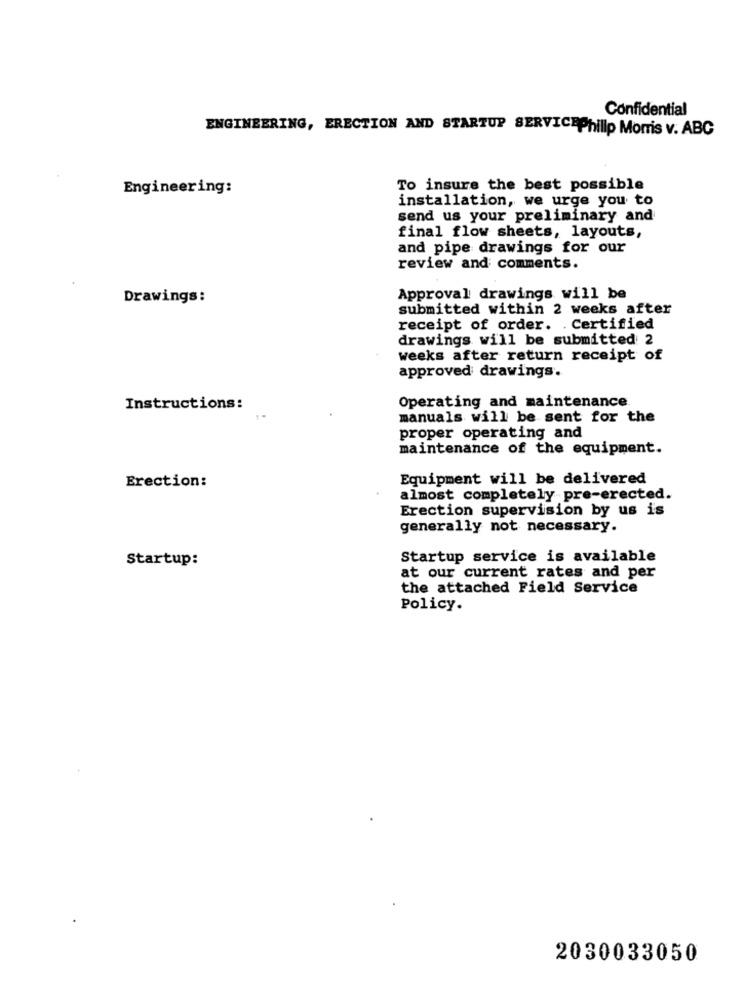
Confidential
ENGINEERING, ERECTION AND STARTUP SERVICEPhilip Morris v. ABC
Engineering:
To insure the best possible
installation, we urge you to
send us your preliminary and
final flow sheets, layouts,
and pipe drawings for our
review and comments.
Drawings:
Approval drawings will be
submitted within 2 weeks after
receipt of order. . Certified
drawings will be submitted 2
weeks after return receipt of
approved drawings.
Instructions:
Operating and maintenance
manuals will be sent for the
proper operating and
maintenance of the equipment.
Equipment will be delivered
Erection:
almost completely pre-erected.
Erection supervision by us is
generally not necessary.
Startup:
Startup service is available
at our current rates and per
the attached Field Service
Policy.
2030033050